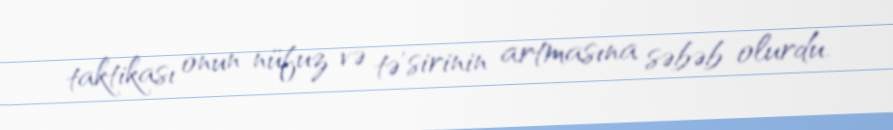
taktikası onun nüfuz və tə'sirinin artmasına səbəb olurdu.